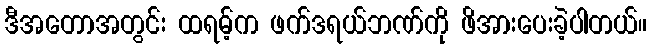
ဒီအတောအတွင်း ထရမ့်က ဖက်ဒရယ်ဘဏ်ကို ဖိအားပေးခဲ့ပါတယ်။